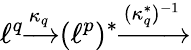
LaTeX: \ell^{q}{\xrightarrow{\kappa_{q}}}(\ell^{p})^{*}{\xrightarrow{(\kappa_{q}^{*})^{-1}}}